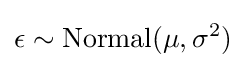
\epsilon \sim {\textrm {Normal}}(\mu ,\sigma ^{2})